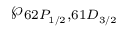
\wp _ { 6 2 P _ { 1 / 2 } , 6 1 D _ { 3 / 2 } }